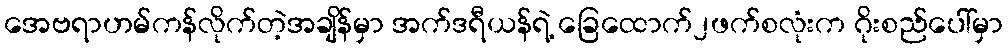
အေဗရာဟမ်ကန်လိုက်တဲ့အချိန်မှာ အက်ဒရီယန်ရဲ့ ခြေထောက်၂ဖက်စလုံးက ဂိုးစည်ပေါ်မှာ